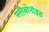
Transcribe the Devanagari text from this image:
फ्लैवोनाॅइड